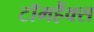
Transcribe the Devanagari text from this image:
टॉमहैंक्स